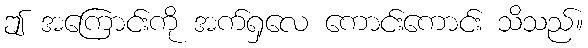
ဤ အကြောင်းကို အက်ရှလေ ကောင်းကောင်း သိသည်။